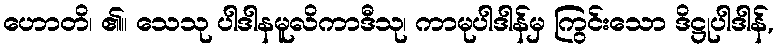
ဟောတိ၊ ၏။ သေသု ပါဒါနမူလိကာဒီသု၊ ကာမုပါဒါန်မှ ကြွင်းသော ဒိဋ္ဌုပါဒါန်,